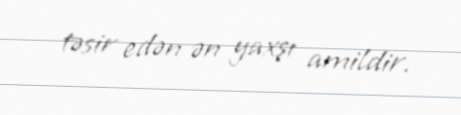
təsir edən ən yaxşı amildir.